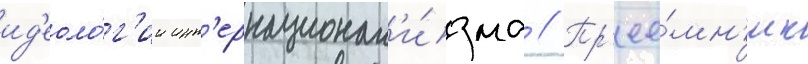
ид'еоло́г'ии инт'ернационал'и́зма // Пр'ее́мн'ик